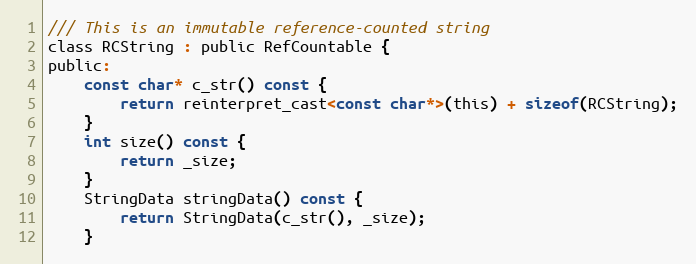
Language: C
/// This is an immutable reference-counted string
class RCString : public RefCountable {
public:
    const char* c_str() const {
        return reinterpret_cast<const char*>(this) + sizeof(RCString);
    }
    int size() const {
        return _size;
    }
    StringData stringData() const {
        return StringData(c_str(), _size);
    }